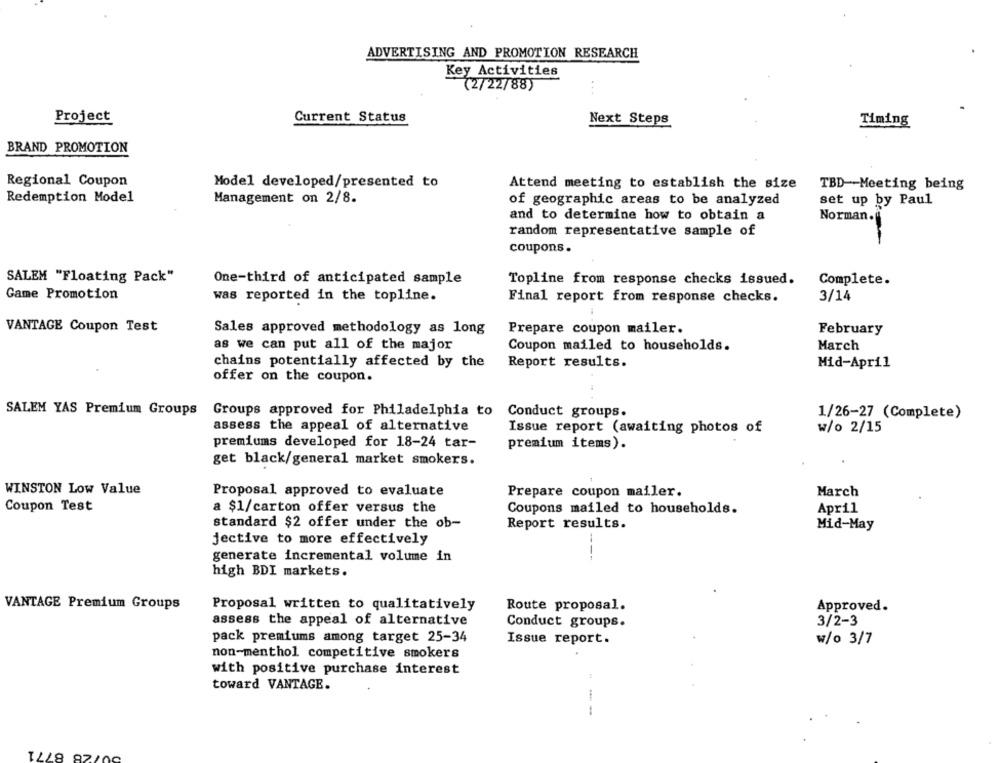
ADVERTISING AND PROMOTION RESEARCH
Key Activities
(2/22/88)
..
Project
Current Status
Next Steps
Timing
BRAND PROMOTION
Regional Coupon
Model developed/presented to
Attend meeting to establish the size
TBD-Meeting being
Redemption Model
Management on 2/8.
of geographic areas to be analyzed
set up by Paul
and to determine how to obtain a
Norman.
random representative sample of
coupons.
SALEM "Floating Pack"
One-third of anticipated sample
Topline from response checks issued.
Complete.
Game Promotion
was reported in the topline.
3/14
Final report from response checks.
VANTAGE Coupon Test
Sales approved methodology as long
Prepare coupon mailer.
February
as we can put all of the major
Coupon mailed to households.
March
chains potentially affected by the
Report results.
Mid-April
offer on the coupon.
SALEM YAS Premium Groups Groups approved for Philadelphia to
Conduct groups.
1/26-27 (Complete)
assess the appeal of alternative
Issue report (awaiting photos of
w/o 2/15
premiums developed for 18-24 tar-
premium items).
get black/general market smokers.
WINSTON Low Value
Proposal approved to evaluate
Prepare coupon mailer.
March
Coupon Test
a $1/carton offer versus the
Coupons mailed to households.
April
standard $2 offer under the ob-
Report results.
Mid-May
jective to more effectively
generate incremental volume in
---
high BDI markets.
VANTAGE Premium Groups
Proposal written to qualitatively
Route proposal.
Approved.
assess the appeal of alternative
Conduct groups.
3/2-3
pack premiums among target 25-34
Issue report.
w/o 3/7
non-menthol competitive smokers
with positive purchase interest
toward VANTAGE.
---
728 8771